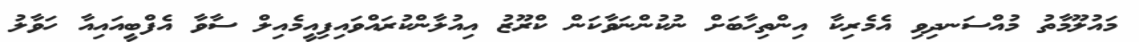
މައުލޫމާތު މުއްސަނދިވި އެމެރިކާ އިންތިހާބަށް ނުކުންނަވާކަން ކްރޫޒު އިއުލާންކުރައްވައިފިއީމެއިލް ސާވާ އެފްބީއައިއާ ހަވާލު